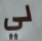
لي